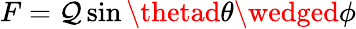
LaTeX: F=\mathcal{Q}\sin\thetad\theta\wedged\phi